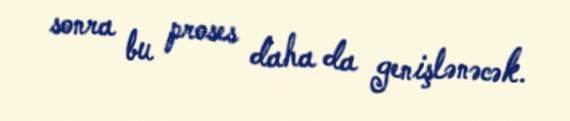
sonra bu proses daha da genişlənəcək.